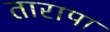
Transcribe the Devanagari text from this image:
तारापा